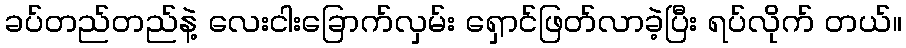
ခပ်တည်တည်နဲ့ လေးငါးခြောက်လှမ်း ရှောင်ဖြတ်လာခဲ့ပြီး ရပ်လိုက် တယ်။